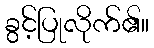
ခွင့်ပြုလိုက်၏။